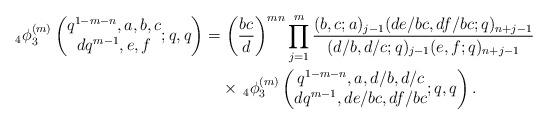
LaTeX: \begin{align*}{}_{4}\phi_3^{(m)}\left(\begin{matrix}q^{1-m-n},a,b,c\\dq^{m-1},e,f\end{matrix};q,q\right)&=\left(\frac{bc}d\right)^{mn} \prod_{j=1}^m\frac{(b,c;a)_{j-1}(de/bc,df/bc;q)_{n+j-1}}{(d/b,d/c;q)_{j-1}(e,f;q)_{n+j-1}}\\&\quad\times\,{}_{4}\phi_3^{(m)}\left(\begin{matrix}q^{1-m-n},a,d/b,d/c\\dq^{m-1},de/bc,df/bc\end{matrix};q,q\right).\end{align*}